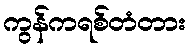
ကွန်ကရစ်တံတား